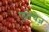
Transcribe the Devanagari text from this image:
एप्रोचेज़